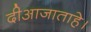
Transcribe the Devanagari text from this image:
दीआजाताहे।